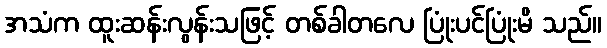
အသံက ထူးဆန်းလွန်းသဖြင့် တစ်ခါတလေ ပြုံးပင်ပြုံးမိ သည်။